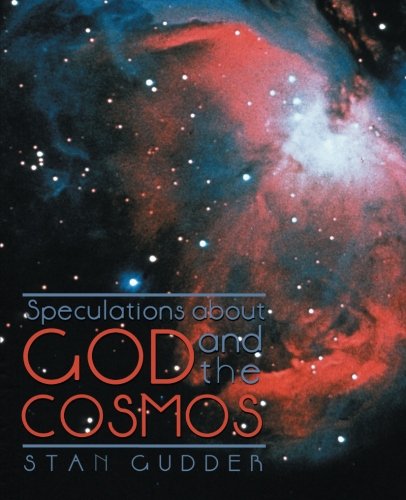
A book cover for Speculations about God and the Cosmos; Stan Gudder; Science Fiction & Fantasy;